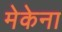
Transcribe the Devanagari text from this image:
मेकेना